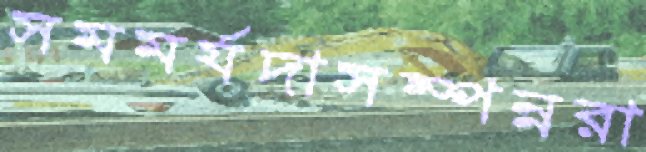
সমমর্যদাসম্পন্নরা